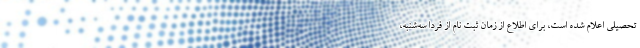
تحصیلی اعلام‌ شده‌ است‌، برای اطلاع از زمان ثبت نام از فردا سه‌شنبه،